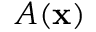
A ( \mathbf { x } )